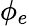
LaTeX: \phi_{e}